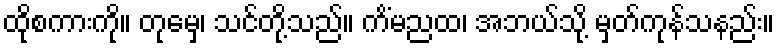
ထိုစကားကို။ တုမှေ၊ သင်တို့သည်။ ကိံမညထ၊ အဘယ်သို့ မှတ်ကုန်သနည်း။